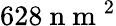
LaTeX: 628\mathrm{~n~m~}^{2}